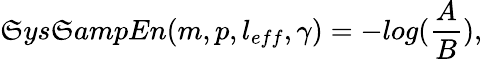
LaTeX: \mathfrak{S}ys\mathfrak{S}ampEn(m,p,l_{eff},\gamma)=−log(\frac{{A}}{{B}}),